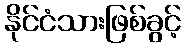
နိုင်ငံသားဖြစ်ခွင့်